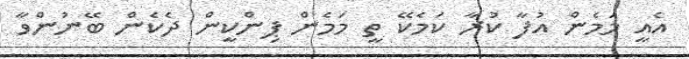
އެއީ މަމެން އުފާ ކުރާ ކަމެކޭ ތީ މަމެން ޕިންކީން ދެކެން ބޭނުންވާ